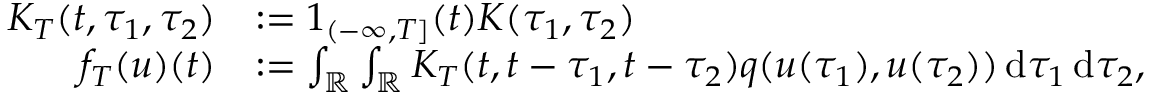
\begin{array} { r l } { K _ { T } ( t , \tau _ { 1 } , \tau _ { 2 } ) } & { \mathrel { \mathop : } = 1 _ { ( - \infty , T ] } ( t ) K ( \tau _ { 1 } , \tau _ { 2 } ) } \\ { f _ { T } ( u ) ( t ) } & { \mathrel { \mathop : } = \int _ { \mathbb { R } } \int _ { \mathbb { R } } K _ { T } ( t , t - \tau _ { 1 } , t - \tau _ { 2 } ) q ( u ( \tau _ { 1 } ) , u ( \tau _ { 2 } ) ) \mathop { \mathrm { d } \tau _ { 1 } } \mathop { \mathrm { d } \tau _ { 2 } } , } \end{array}